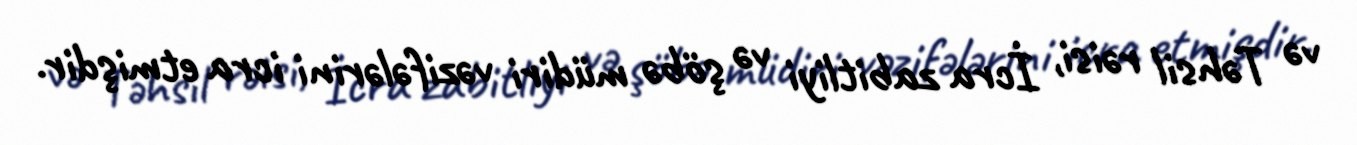
və Təhsil rəisi, İcra zabitliyi və şöbə müdiri vəzifələrini icra etmişdir.